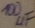
Text: 100µF